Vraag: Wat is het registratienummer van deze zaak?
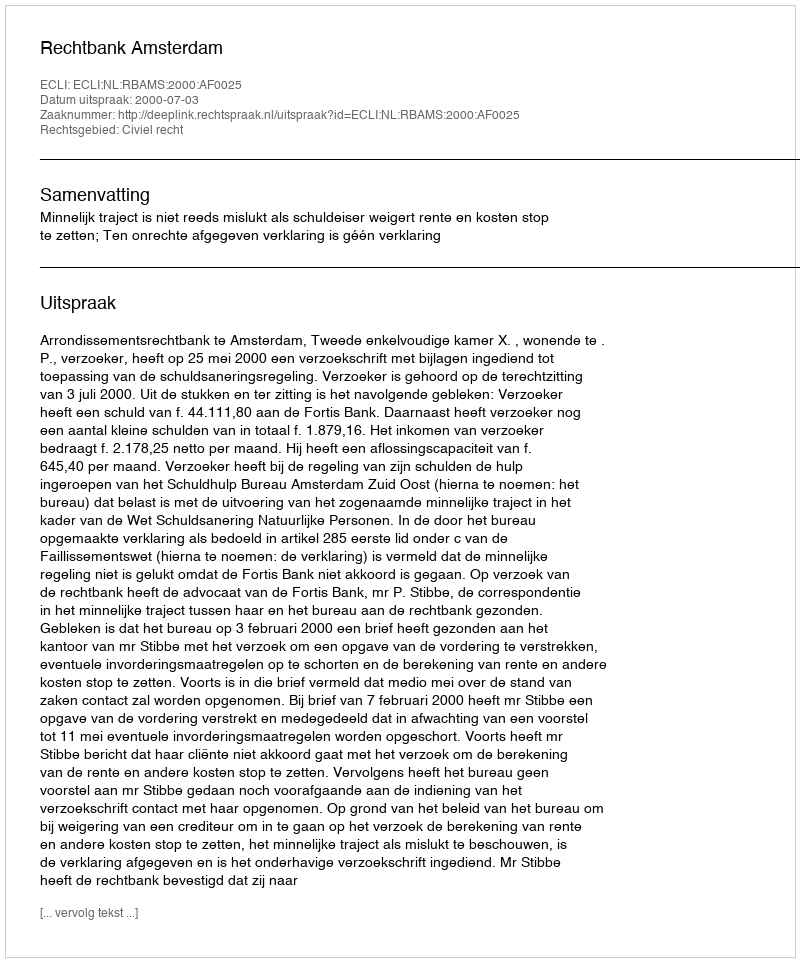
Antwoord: http://deeplink.rechtspraak.nl/uitspraak?id=ECLI:NL:RBAMS:2000:AF0025